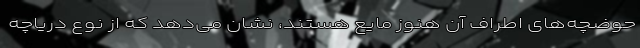
حوضچه‌های اطراف آن هنوز مایع هستند، نشان می‌دهد که از نوع دریاچه